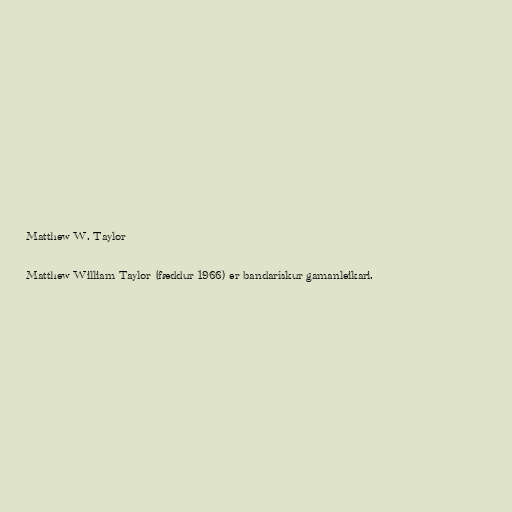
Matthew W. Taylor

Matthew William Taylor (fæddur 1966) er bandarískur gamanleikari.